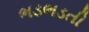
ભડભડતી